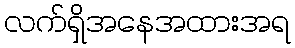
လက်ရှိအနေအထားအရ